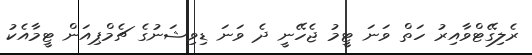
ރެލިގޭޓްވާއިރު ހަތް ވަނަ ޓީމު ޖެހޭނީ ދެ ވަނަ ޑިވިޝަނުގެ ޗެމްޕިއަން ޓީމާއެކު